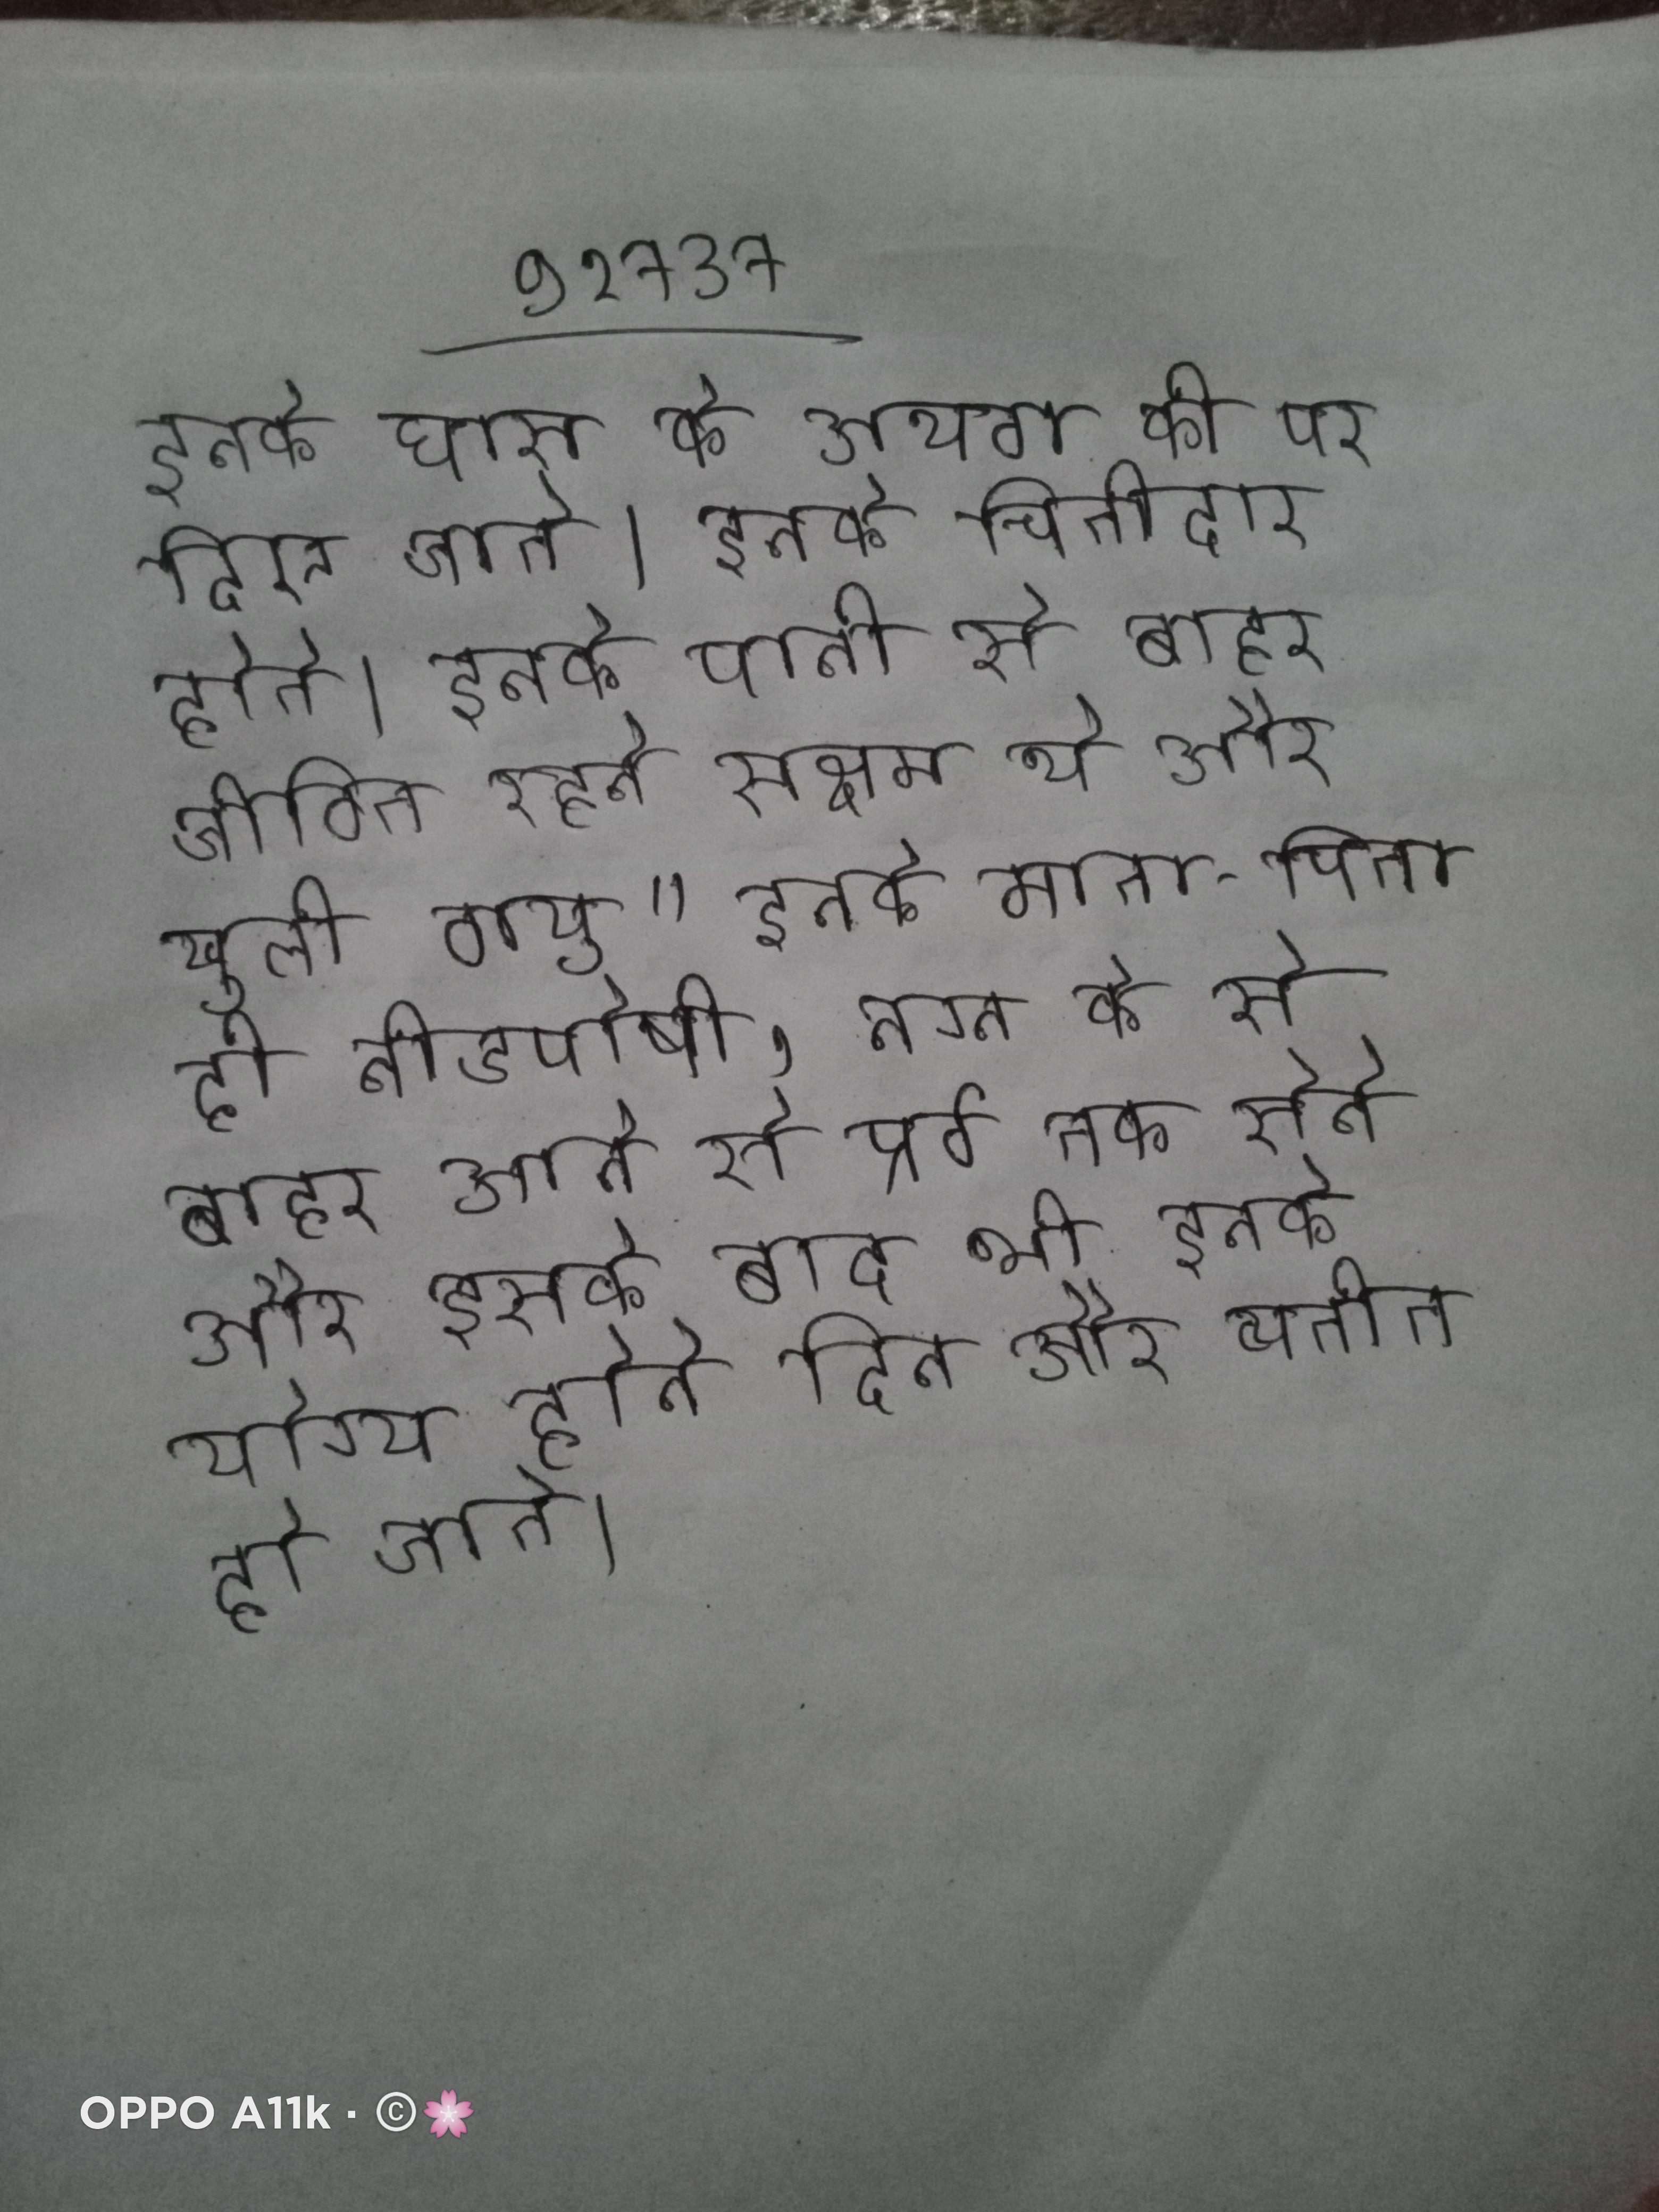
इनके घास के अथवा की पर दिए जाते । इनके चित्तीदार होते । इनके पानी से बाहर जीवित रहने सक्षम थे और खुली वायु " इनके माता-पिता ही नीडपोषी, नग्न के से बाहर आने से पूर्व तक सेते और इसके बाद भी इनके योग्य होने दिन और व्यतीत हो जाते ।